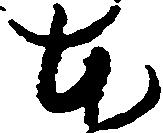
本